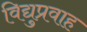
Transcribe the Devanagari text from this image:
विद्युप्रवाह